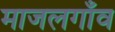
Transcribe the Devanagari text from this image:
माजलगाँव